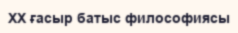
ХХ ғасыр батыс философиясы